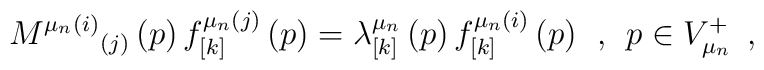
M^{\mu _n(i)}{}_{(j)}\left( p\right) f_{\left[ k\right] }^{\mu _n(j)}\left(p\right) =\lambda _{\left[ k\right] }^{\mu _n}\left( p\right) f_{\left[k\right] }^{\mu _n(i)}\left( p\right) \;\,,\;\,p\in V_{\mu _n}^{+}\;\,,